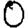
Digit: 0